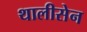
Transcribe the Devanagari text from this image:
थालीसेन